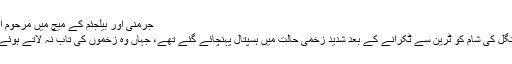
جرمنی اور بیلجئم کے میچ میں مرحوم اینکے: فائل فوٹو
رابرٹ اینکے منگل کی شام کو ٹرین سے ٹکرانے کے بعد شدید زخمی حالت میں ہسپتال پہنچائے گئے تھے، جہاں وہ زخموں کی تاب نہ لاتے ہوئے انتقال کر گئے۔